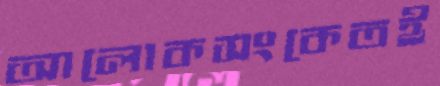
আলোকসংকেতই